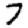
Digit: 7